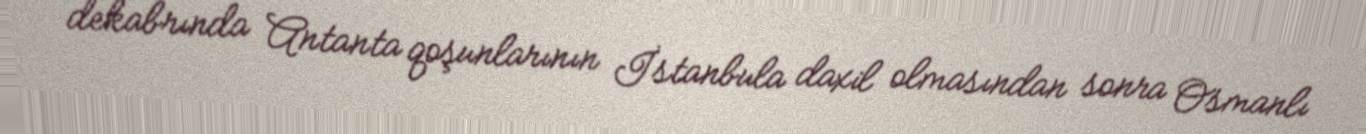
dekabrında Antanta qoşunlarının İstanbula daxil olmasından sonra Osmanlı